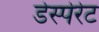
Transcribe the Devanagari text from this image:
डेस्पेरेट